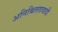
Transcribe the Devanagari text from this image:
अनिश्चिततावादी